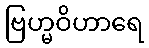
ဗြဟ္မဝိဟာရေ